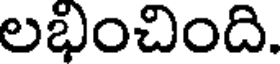
లభించింది.